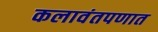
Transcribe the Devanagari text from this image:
कलावंतपणात